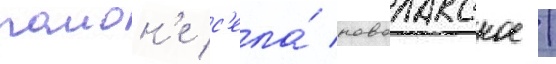
раион'е с'ела́ новолакское /